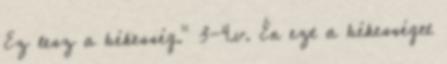
Ez lesz a békesség." 3-4.v. Én ezt a békességet